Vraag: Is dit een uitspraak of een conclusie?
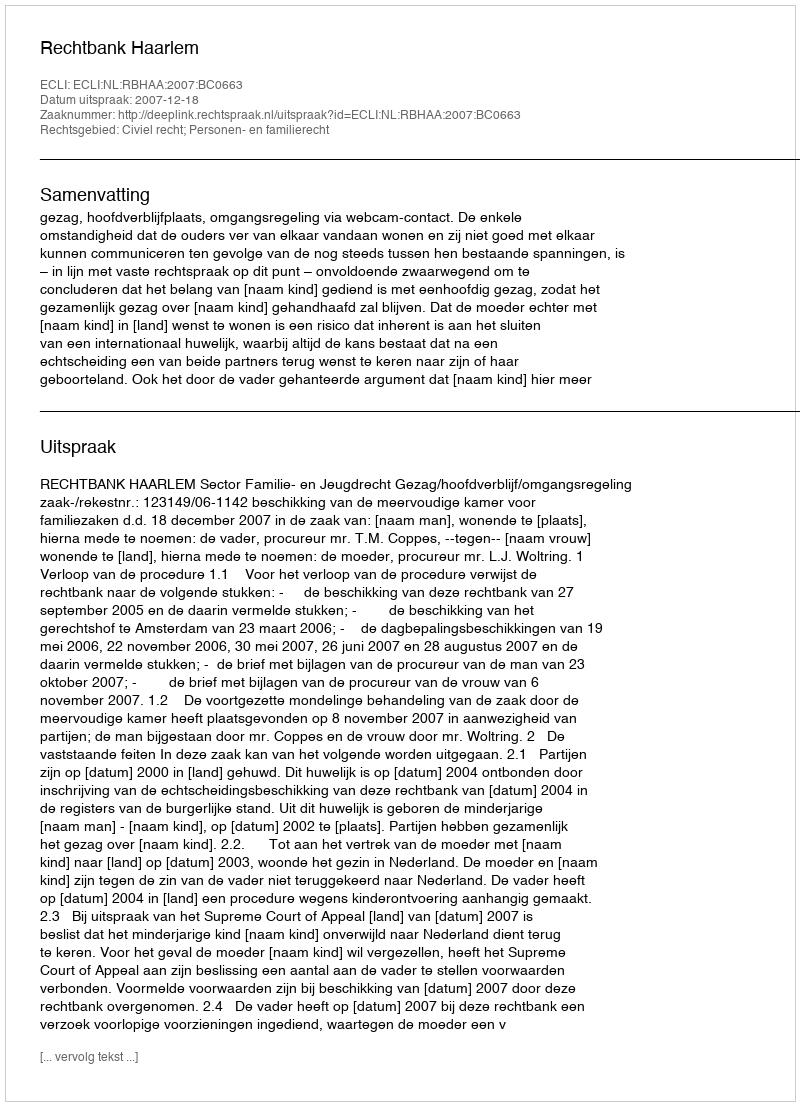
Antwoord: Uitspraak